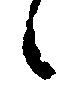
候